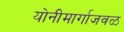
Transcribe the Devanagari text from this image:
योनीमार्गाजवळ